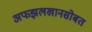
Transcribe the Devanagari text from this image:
अफझलखानसोबत